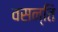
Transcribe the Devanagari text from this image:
वसन्ति